Tezpur Lunatic Asylum reports 1877-1894 - 1877-1894
Year: 1877
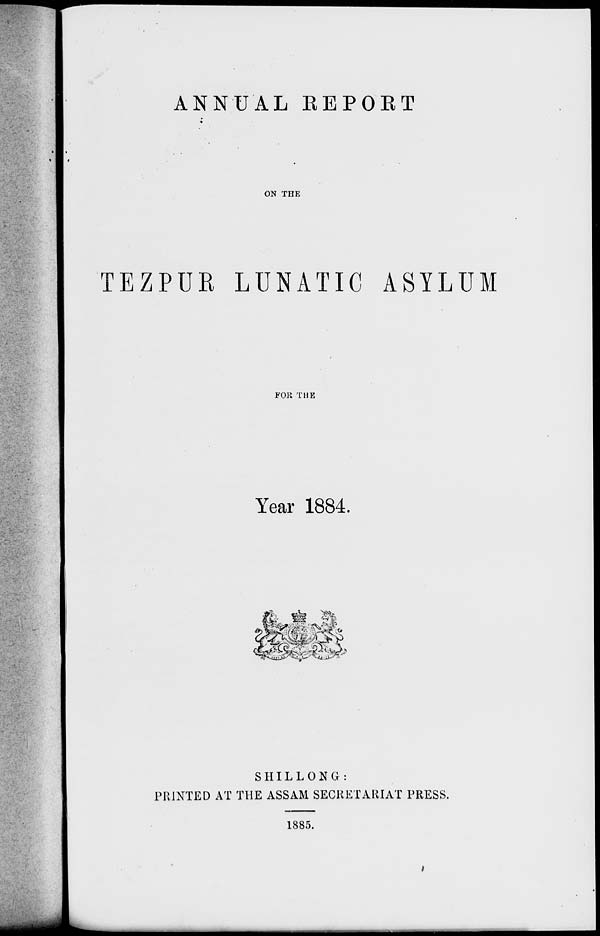
ANNUAL REPORT
ON THE
TEZPUR LUNATIC ASYLUM
FOR THE
Year 1884.
k %
S IIIL L O N G :
PRINTED AT THE ASSAM SECRETARIAT PRESS.
1885.